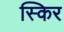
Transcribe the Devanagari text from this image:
स्किर